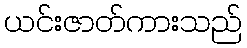
ယင်းဇာတ်ကားသည်